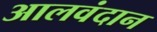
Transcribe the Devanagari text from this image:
आलवंदान